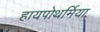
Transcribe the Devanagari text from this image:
हायपोथर्मिया